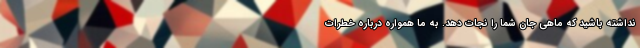
نداشته باشید که ماهی جان شما را نجات دهد. به ما همواره درباره خطرات